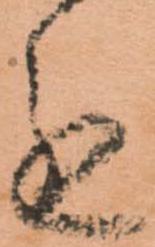
進